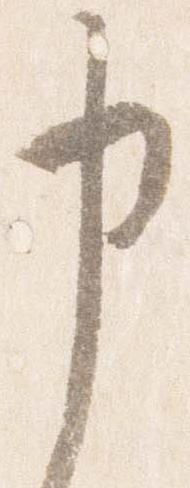
申